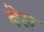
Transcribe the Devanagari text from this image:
बेख